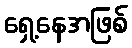
ရှေ့နေအဖြစ်